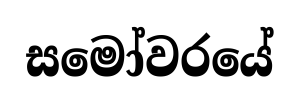
සමෝවරයේ